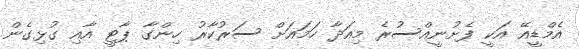
އެމްޑީއޭ އަކީ ފެށުނީއްސުރެ މިއަދާ ހަމައަށް ސަރުކާރު ހިންގާ ޕާޓީ އާއި ގުޅިގެން